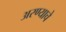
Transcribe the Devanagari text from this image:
अरण्याचे